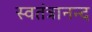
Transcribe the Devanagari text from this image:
स्वतंत्रानन्द